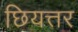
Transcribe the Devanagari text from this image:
छियत्तर